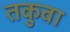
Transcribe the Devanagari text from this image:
तकुवा